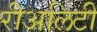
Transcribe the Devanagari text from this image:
रीअलिटी